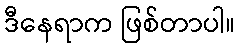
ဒီနေရာက ဖြစ်တာပါ။